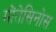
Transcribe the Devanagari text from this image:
मोंतेसिनोस